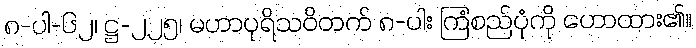
၈-ပါ-၆၂၊ ဋ္ဌ-၂၂၅၊ မဟာပုရိသဝိတက် ၈-ပါး ကြံစည်ပုံကို ဟောထား၏။